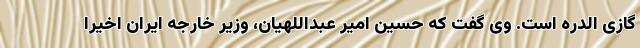
گازی الدره است. وی گفت که حسین امیر عبداللهیان، وزیر خارجه ایران اخیرا